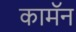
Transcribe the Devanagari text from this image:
कामॅन